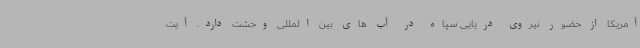
آمریکا از حضور نیروی دریایی سپاه در آب های بین المللی وحشت دارد. آیت